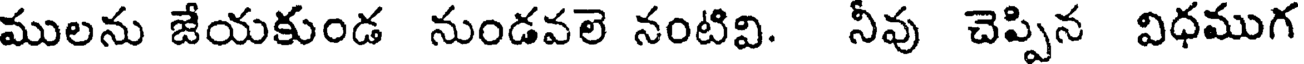
ములను జేయకుండ నుండవలె నంటివి. నీవు చెప్పిన విధముగ